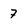
Character: 7